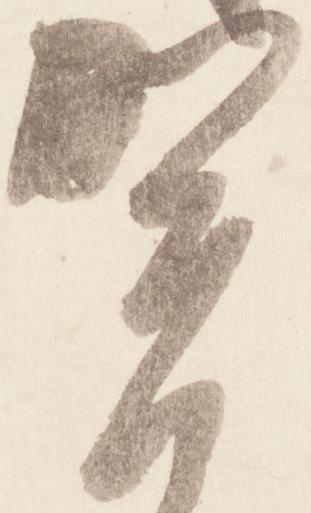
賀